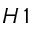
H \, 1